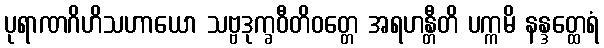
ပုရာဏဂိဟိသဟာယော သဗ္ဗဒုက္ခဝီတိဝတ္တေ အရဟန္တီတိ ပက္ကမိ နန္ဒတ္ထေရံ